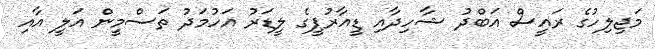
މަޖިލިހުގެ ރައީސް އަބްދު ޝާހިދާއި ޑީއާރުޕީގެ ލީޑަރު އަހުމަދު ތަސްމީން އަލީ އާއި